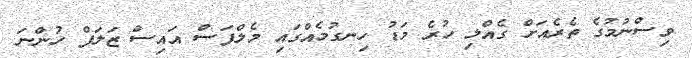
ވިސްނުމުގެ ތެރެއަށް ގެއްލި ހުރެ މަޑު ހިނގުމެއްގައި މެލްފަސް އައިސް ޒަލަފް ހުންނަ